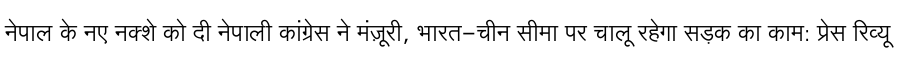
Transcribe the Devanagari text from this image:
नेपाल के नए नक्शे को दी नेपाली कांग्रेस ने मंज़ूरी, भारत-चीन सीमा पर चालू रहेगा सड़क का काम: प्रेस रिव्यू